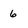
Character: 6